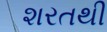
શરતથી